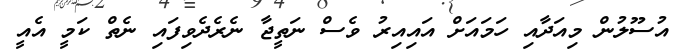
އުސޫލުން މިއަދާއި ހަމައަށް އައިއިރު ވެސް ނަތީޖާ ނެރެދެވިފައި ނެތް ކަމީ އެއީ